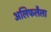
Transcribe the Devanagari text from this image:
अलिफलैला